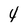
Character: 4